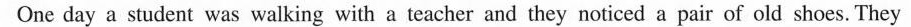
One day a student was walking with a teacher and they noticed a pair of old shoes. They